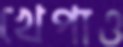
খেপাও